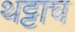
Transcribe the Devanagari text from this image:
थट्टाच